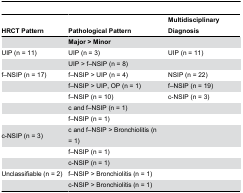
| HRCT Pattern | Pathological Pattern | Multidisciplinary Diagnosis |
 | --- | --- | --- |
 |  | Major > Minor |  |
 | UIP (n = 11) | UIP (n = 3) | UIP (n = 11) |
 |  | UIP > f–NSIP (n = 8) |  |
 | f–NSIP (n = 17) | f–NSIP > UIP (n = 4) | NSIP (n = 22) |
 |  | f–NSIP > UIP, OP (n = 1) | f–NSIP (n = 19) |
 |  | f–NSIP (n = 10) | c-NSIP (n = 3) |
 |  | c and f–NSIP (n = 1) |  |
 |  | f–NSIP (n = 1) |  |
 | c-NSIP (n = 3) | c and f–NSIP > Bronchiolitis (n = 1) |  |
 |  | f–NSIP (n = 1) |  |
 |  | c-NSIP (n = 1) |  |
 | Unclassifiable (n = 2) | f–NSIP > Bronchiolitis (n = 1) |  |
 |  | c-NSIP > Bronchiolitis (n = 1) |  |